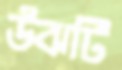
উঝটি